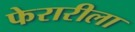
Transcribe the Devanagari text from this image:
फेरारीला